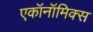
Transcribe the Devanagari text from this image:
एकॉनॉमिक्स